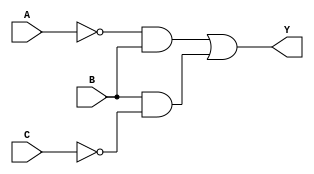
module reduced_logic_block (
    input wire A,  // Input A
    input wire B,  // Input B
    input wire C,  // Input C
    output wire Y  // Output Y
);

// Internal signals for the logic operations
wire A_not;  // NOT A
wire B_not;  // NOT B
wire C_not;  // NOT C
wire term1;  // A'B
wire term2;  // BC'

// Logic implementation
not (A_not, A);            // A' = NOT A
not (B_not, B);            // B' = NOT B
not (C_not, C);            // C' = NOT C

and (term1, A_not, B);     // term1 = A'B
and (term2, B, C_not);     // term2 = BC'

// Final output Y = A'B + BC'
or (Y, term1, term2);      // Y = term1 + term2

endmodule